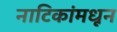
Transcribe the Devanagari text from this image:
नाटिकांमधून